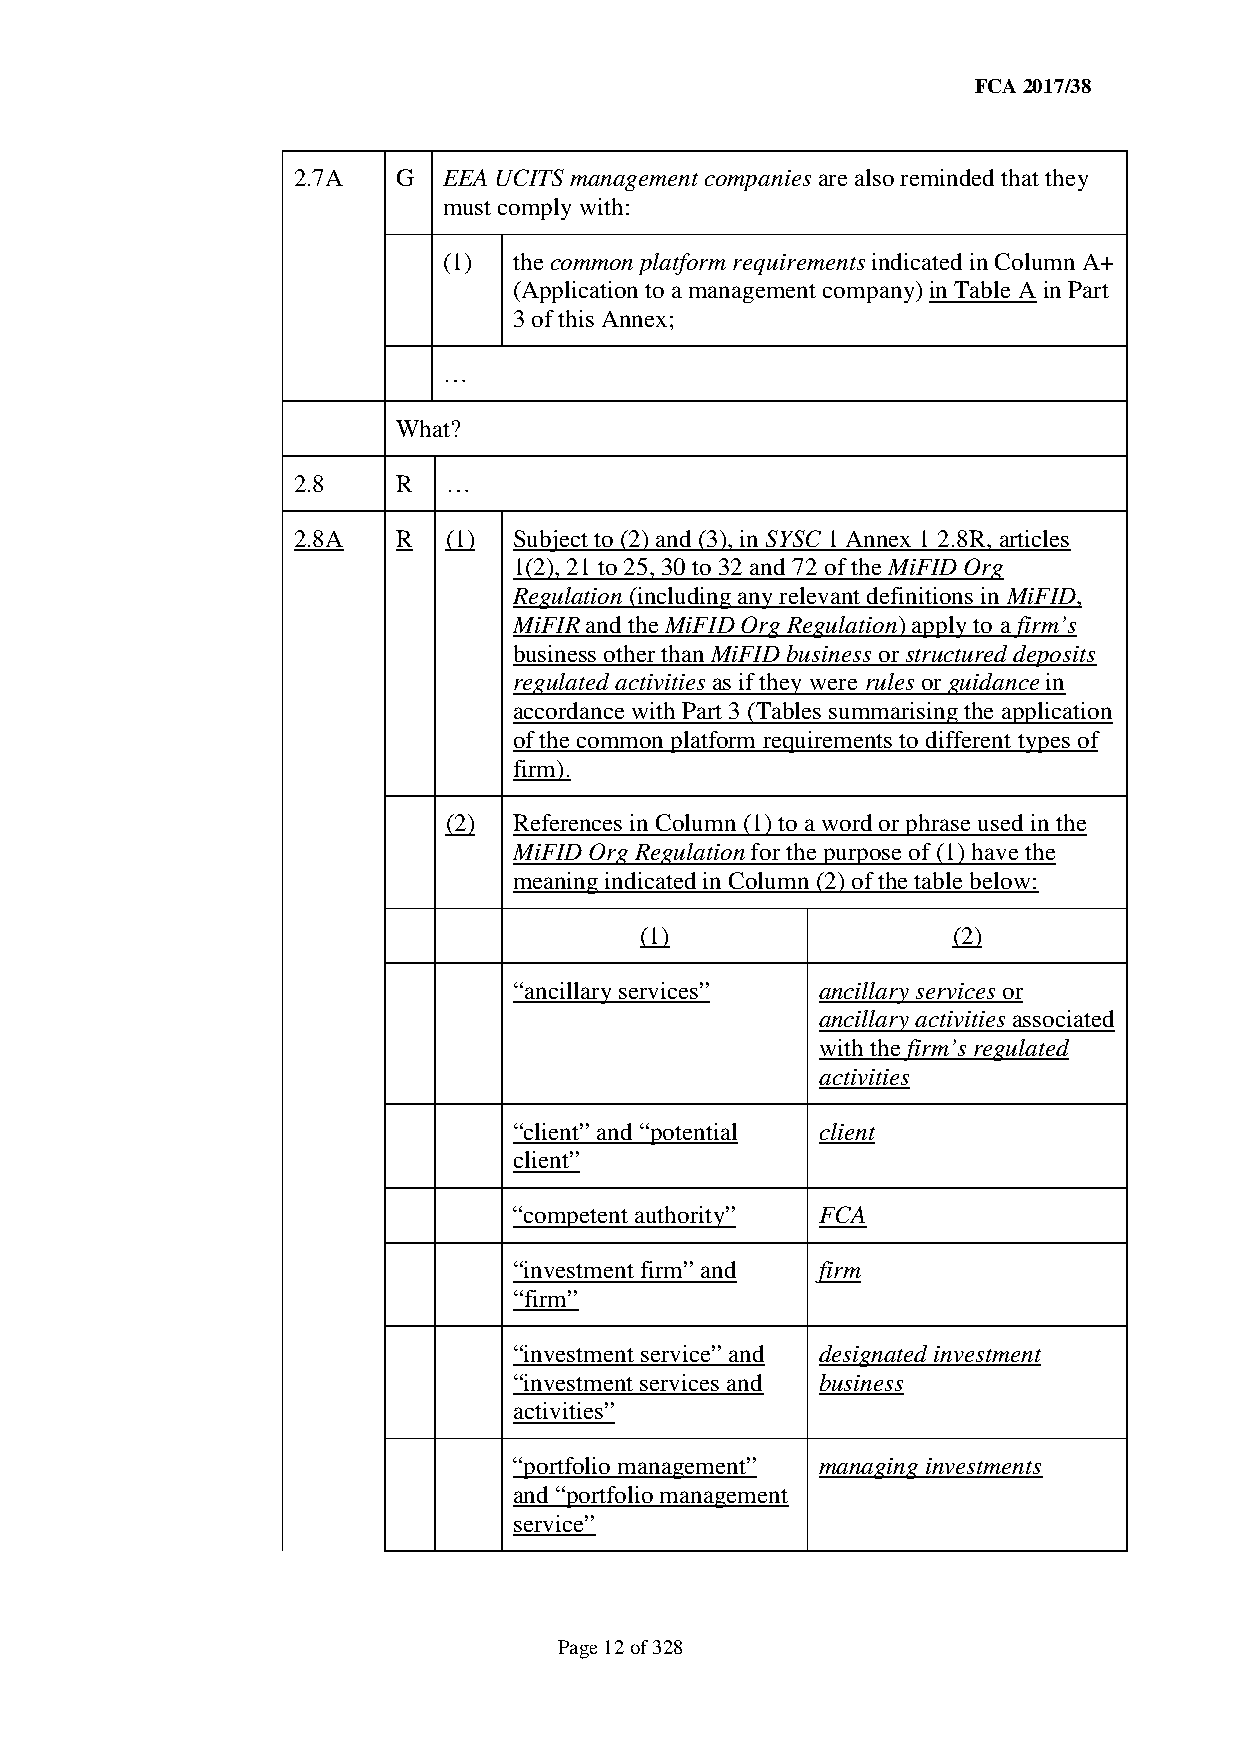
FCA 2017/38
 2.7A   G  EEA UCITS management companies are also reminded that they
 must comply with:
 (1)  the common platform requirements indicated in Column A+
 (Application to a management company) in Table A in Part
 3 of this Annex;
 …
 What?
 2.8    R  …
 2.8A   R  (1)  Subject to (2) and (3), in SYSC 1 Annex 1 2.8R, articles
 1(2), 21 to 25, 30 to 32 and 72 of the MiFID Org
 Regulation (including any relevant definitions in MiFID,
 MiFIR and the MiFID Org Regulation) apply to a firm’s
 business other than MiFID business or structured deposits
 regulated activities as if they were rules or guidance in
 accordance with Part 3 (Tables summarising the application
 of the common platform requirements to different types of
 firm).
 (2)  References in Column (1) to a word or phrase used in the
 MiFID Org Regulation for the purpose of (1) have the
 meaning indicated in Column (2) of the table below:
 (1)                  (2)
 “ancillary services” ancillary services or
 ancillary activities associated
 with the firm’s regulated
 activities
 “client” and “potential client
 client”
 “competent authority” FCA
 “investment firm” and firm
 “firm”
 “investment service” and designated investment
 “investment services and business
 activities”
 “portfolio management” managing investments
 and “portfolio management
 service”
 Page 12 of 328